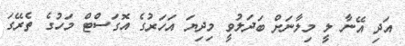
އަދި އޭނާ ލީ މިލާނަށް ބަދަލުވީ މިދިޔަ އަހަރުގެ އޮގަސްޓް މަހުގެ ތެރޭގަ